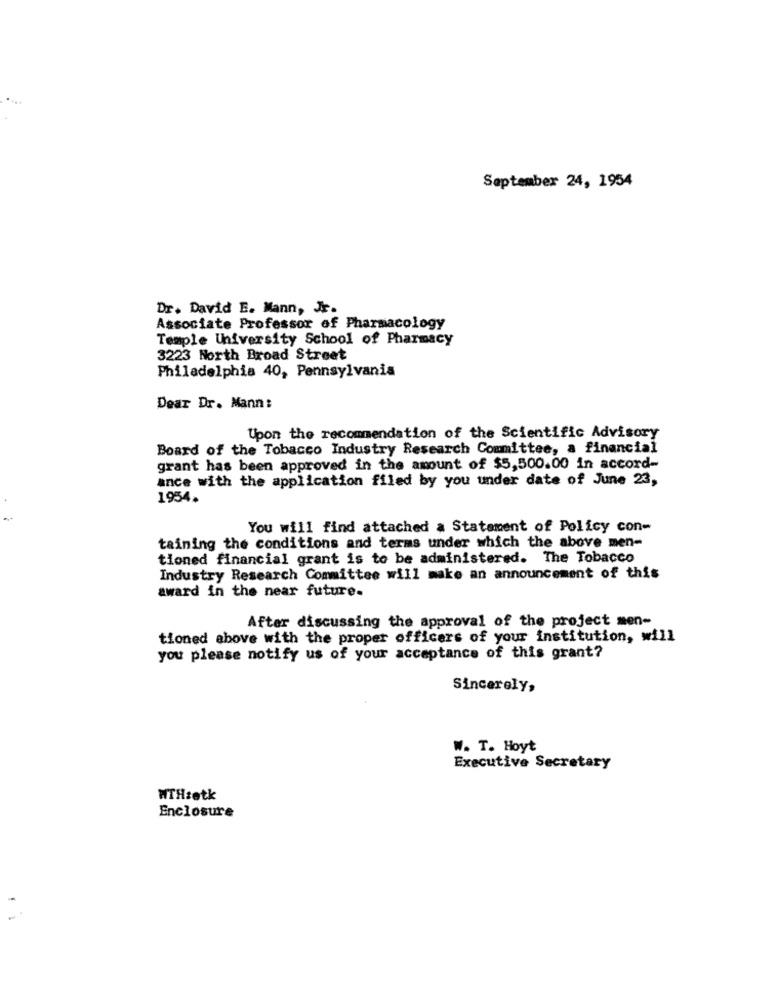
September 24, 1954
Dr. David E. Mann, Jr.
Associate Professor of Pharmacology
Temple University School of Pharmacy
3223 North Broad Street
Philadelphia 40, Pennsylvania
Dear Dr. Mann:
Upon the recommendation of the Scientific Advisory
Board of the Tobacco Industry Research Committee, a financial
grant has been approved in the amount of $5,500.00 in accord-
ance with the application filed by you under date of June 23,
1954.
-
You will find attached a Statement of Policy con-
taining the conditions and terms under which the above men-
tioned financial grant is to be administered. The Tobacco
Industry Research Committee will make an announcement of this
award in the near future-
After discussing the approval of the project men-
tioned above with the proper officers of your institution, will
you please notify us of your acceptance of this grant?
Sincerely,
W. T. Hoyt
Executive Secretary
WTHsetk
Enclosure